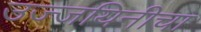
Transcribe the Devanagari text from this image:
उज्जयिनीचा